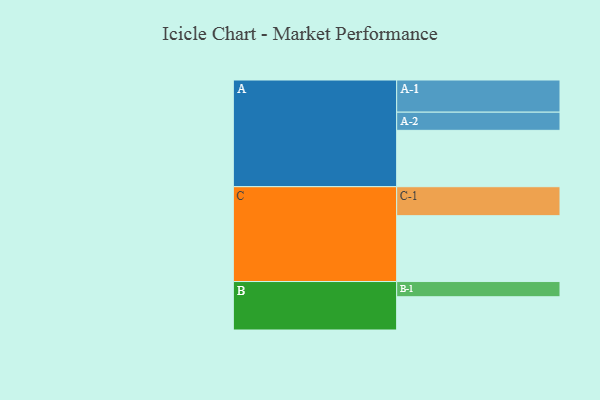
{"axis": {"x": "Segment", "y": "Value"}, "legend": ["", "A", "B", "C"], "data": [{"x": "A", "y": 512, "type": ""}, {"x": "B", "y": 302, "type": ""}, {"x": "C", "y": 598, "type": ""}, {"x": "A-1", "y": 292, "type": "A"}, {"x": "A-2", "y": 165, "type": "A"}, {"x": "B-1", "y": 138, "type": "B"}, {"x": "C-1", "y": 263, "type": "C"}]}